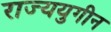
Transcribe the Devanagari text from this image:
राज्ययुगीन